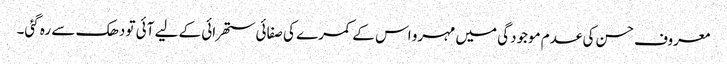
معروف حسن کی عدم موجودگی میں مہرو اس کے کمرے کی صفائی ستھرائی کے لیے آئی تو دھک سے رہ گئی۔